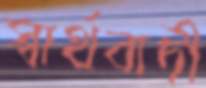
স্বার্থবাদী